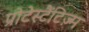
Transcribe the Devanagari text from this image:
प्रोटेस्टैंटिज़्म